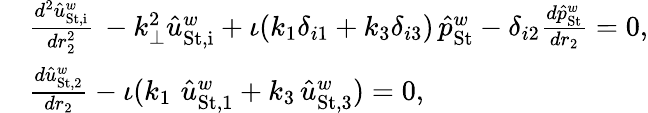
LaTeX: \begin{array}{rl}&{\frac{d^{2}\hat{u}_{\mathrm{St,i}}^{w}}{dr_{2}^{2}}\, -k_{\perp}^{2}\hat{u}_{\mathrm{St,i}}^{w}+\iota(k_{1}\delta_{i1}+k_{3}\delta_{i3})\, \hat{p}_{\mathrm{St}}^{w}-\delta_{i2}\frac{d\hat{p}_{\mathrm{St}}^{w}}{dr_{2}}=0,}\\ &{\frac{d\hat{u}_{\mathrm{St,2}}^{w}}{dr_{2}}-\iota(k_{1}\, \, \hat{u}_{\mathrm{St,1}}^{w}+k_{3}\, \hat{u}_{\mathrm{St,3}}^{w})=0,}\end{array}